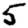
Digit: 5